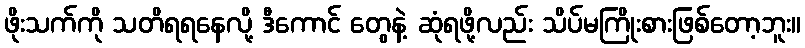
ဖိုးသက်ကို သတိရရနေလို့ ဒီကောင် တွေနဲ့ ဆုံရဖို့လည်း သိပ်မကြိုးစားဖြစ်တော့ဘူး။